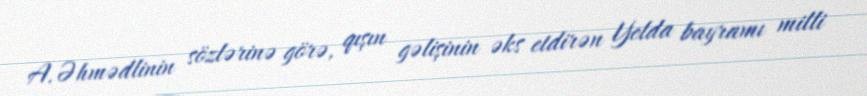
A.Əhmədlinin sözlərinə görə, qışın gəlişinin əks etdirən Yelda bayramı milli